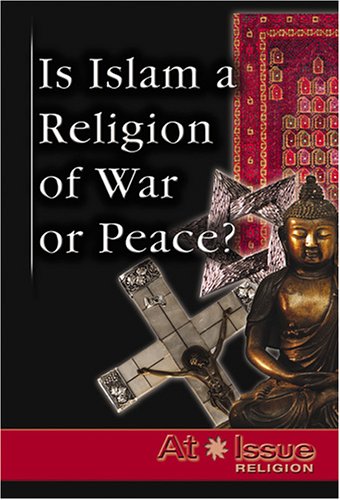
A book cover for At Issue Series - Is Islam a Religion of War or Peace? (hardcover edition); Teen & Young Adult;